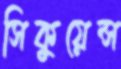
সিকুয়েন্স